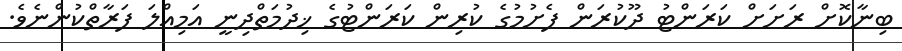
ބިނާކޮށް ރަށަށް ކަރަންޓު ދޫކުރަން ފެށުމުގެ ކުރިން ކަރަންޓުގެ ޚިދުމަތްދިނީ އަމިއްލަ ފަރާތްކުންނެވެ.